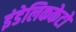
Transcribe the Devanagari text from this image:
इंडेलिककेटो